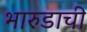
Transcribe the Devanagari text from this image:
भारुडाची